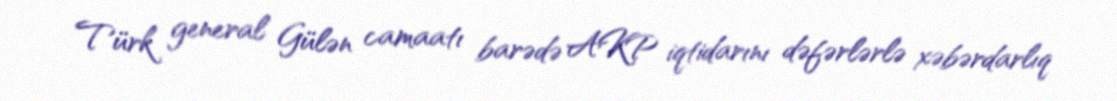
Türk general Gülən camaatı barədə AKP iqtidarını dəfərlərlə xəbərdarlıq